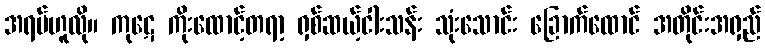
အရပ်ဟူလို။ ကုဋေ ကိုးထောင့်တရာ့ ရှစ်ဆယ့်ငါးသန်း သုံးသောင်း ခြောက်ထောင် အတိုင်းအရှည်